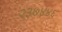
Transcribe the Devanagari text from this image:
२३७४४६